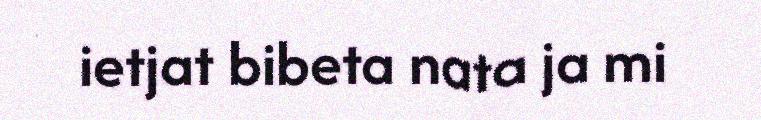
ietjat bibeta nata ja mi